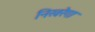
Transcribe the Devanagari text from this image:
निखरेगा